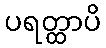
ပရတ္ထာပိ